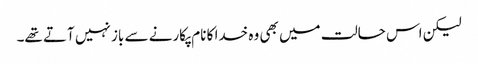
لیکن اس حالت میں بھی وہ خدا کا نام پکارنے سے باز نہیں آتے تھے۔